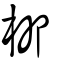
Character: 枊